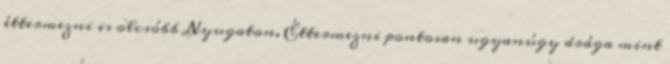
éttermezni is olcsóbb Nyugaton. Éttermezni pontosan ugyanúgy drága mint